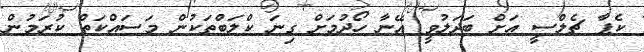
ކެޕާ ޗެލްސީ އަށް ބަދަލުވީ އޭނާ ހޯދުމަށް ގިނަ ކްލަބްތަކުން މަސައްކަތް ކުރަމުން